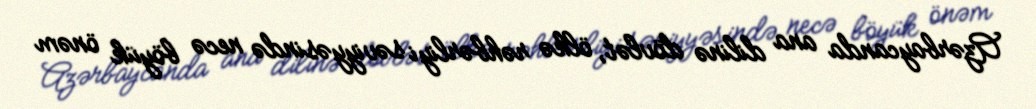
Azərbaycanda ana dilinə dövlət, ölkə rəhbərliyi səviyyəsində necə böyük önəm